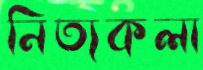
নিত্যকলা